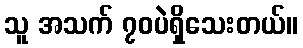
သူ အသက် ၇၀ပဲရှိသေးတယ်။